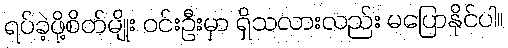
ရပ်ခဲ့ဖို့စိတ်မျိုး ဝင်းဦးမှာ ရှိသလားလည်း မပြောနိုင်ပါ။